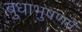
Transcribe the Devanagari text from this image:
बुधाभुषणम